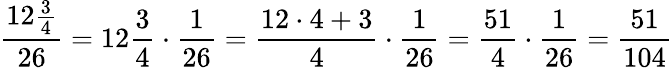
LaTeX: {\frac{12{\frac{3}{4}}}{26}}=12{\frac{3}{4}}\cdot{\frac{1}{26}}={\frac{12\cdot 4+3}{4}}\cdot{\frac{1}{26}}={\frac{51}{4}}\cdot{\frac{1}{26}}={\frac{51}{104}}